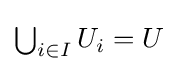
{\textstyle \bigcup _{i\in I}U_{i}=U}